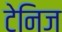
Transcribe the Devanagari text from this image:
टेनिज